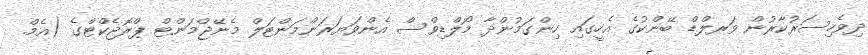
ދިވެހިސަރުކާރުން ވަރލްޑް ބޭންކުގެ އެހީގައި ހިންގަމުންދާ މޯލްޑިވްސް އެންވަޔަރަންމަންޓަލް މެނޭޖްމަންޓް ޕްރޮޖެކްޓްގެ (އެމް.